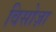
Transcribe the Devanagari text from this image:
विसोज़ा